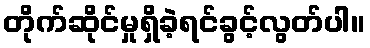
တိုက်ဆိုင်မှုရှိခဲ့ရင်ခွင့်လွတ်ပါ။